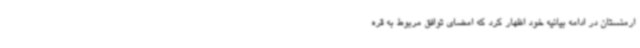
ارمنستان در ادامه بیانیه خود اظهار کرد که امضای توافق مربوط به قره